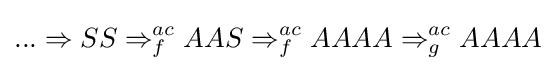
...\Rightarrow SS\Rightarrow _{f}^{ac}AAS\Rightarrow _{f}^{ac}AAAA\Rightarrow _{g}^{ac}AAAA